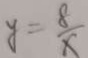
y = \frac { 8 } { x }